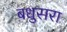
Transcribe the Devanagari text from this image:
बधुसरा